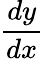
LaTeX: \frac{dy}{dx}